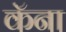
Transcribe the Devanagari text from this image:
कॅना